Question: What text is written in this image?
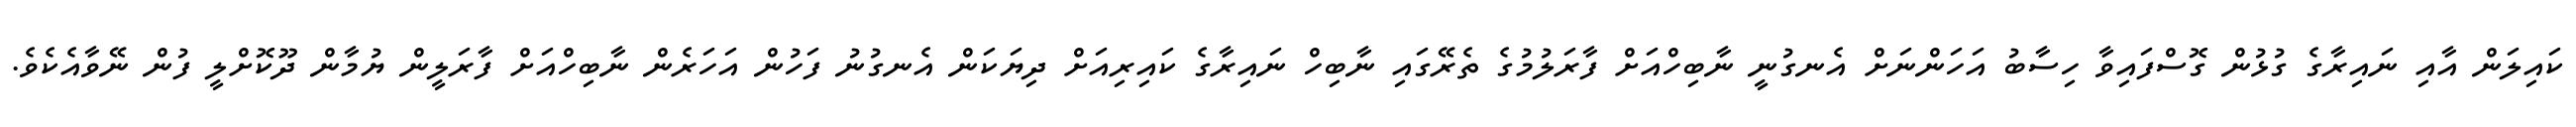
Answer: ކައިލަން އާއި ނައިރާގެ ގުޅުން ގޮސްފައިވާ ހިސާބު އަހަންނަށް އެނގުނީ ނާބިހްއަށް ފާރަލުމުގެ ތެރޭގައި ނާބިހް ނައިރާގެ ކައިރިއަށް ދިޔަކަން އެނގުނު ފަހުން އަހަރެން ނާބިހްއަށް ފާރަލީން ޔުމާން ދޫކޮށްލީ ފުން ނޭވާއެކެވެ.